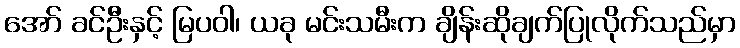
အော် ခင်ဦးနှင့် မြပဝါ၊ ယခု မင်းသမီးက ချိန်းဆိုချက်ပြုလိုက်သည်မှာ